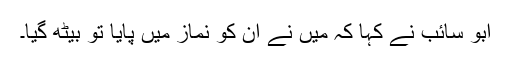
ابو سائب نے کہا کہ میں نے ان کو نماز میں پایا تو بیٹھ گیا۔